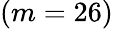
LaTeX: (m=26)